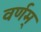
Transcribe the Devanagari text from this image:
वर्णम्